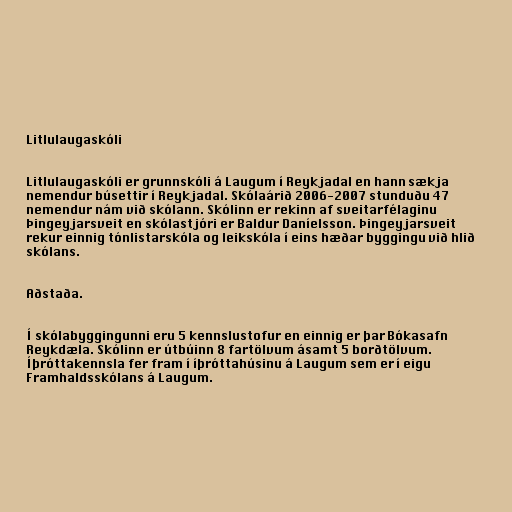
Litlulaugaskóli

Litlulaugaskóli er grunnskóli á Laugum í Reykjadal en hann sækja
nemendur búsettir í Reykjadal. Skólaárið 2006-2007 stunduðu 47
nemendur nám við skólann. Skólinn er rekinn af sveitarfélaginu
Þingeyjarsveit en skólastjóri er Baldur Daníelsson. Þingeyjarsveit
rekur einnig tónlistarskóla og leikskóla í eins hæðar byggingu við hlið
skólans.

Aðstaða.

Í skólabyggingunni eru 5 kennslustofur en einnig er þar Bókasafn
Reykdæla. Skólinn er útbúinn 8 fartölvum ásamt 5 borðtölvum.
Íþróttakennsla fer fram í íþróttahúsinu á Laugum sem er í eigu
Framhaldsskólans á Laugum.